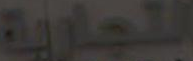
التجارية